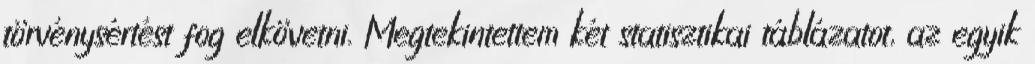
törvénysértést fog elkövetni. Megtekintettem két statisztikai táblázatot, az egyik